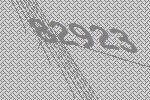
82923